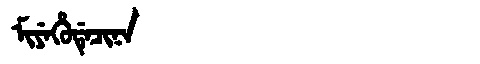
Manchu: ᠮᡳᠶᡝᡥᡠᡩᡝᠴᡳᠨᠠ
Romanization: MIYEHUDECINA